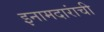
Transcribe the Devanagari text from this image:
इनामदारांची